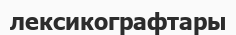
лексикографтары